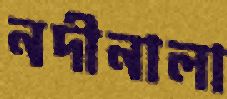
নদীনালা